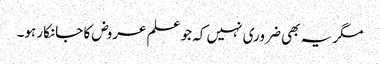
مگر یہ بھی ضروری نہیں کہ جو علم عروض کا جانکار ہو۔